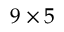
9 \times 5